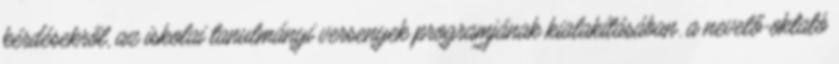
kérdésekről, az iskolai tanulmányi versenyek programjának kialakításában. a nevelő-oktató